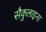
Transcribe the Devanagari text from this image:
सैकुलाइना